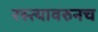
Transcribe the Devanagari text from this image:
रस्त्यावरुनच